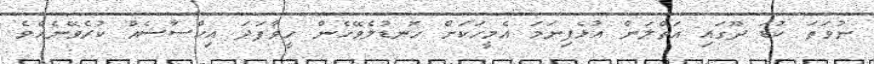
ނުވަތަ ކުޑަ ދޫގައި އަތްލަން އުޅެފިނަމަ އެމީހަކަށް ހޮނޑުލެވޭހެން ހީވާފަދަ އިހްސާސެއް ކުރެވޭނެއެވެ.